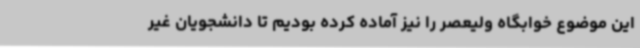
این موضوع خوابگاه ولیعصر را نیز آماده کرده بودیم تا دانشجویان غیر